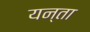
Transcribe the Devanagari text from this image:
यन्ता